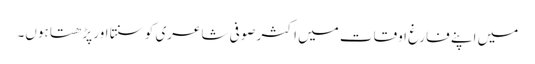
میں اپنے فارغ اوقات میں اکثر صوفی شاعری کو سنتا اور پڑھتا ہوں۔